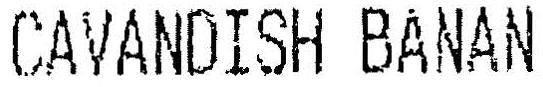
CAVANDISH BANAN